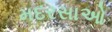
મદરસાઓ